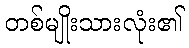
တစ်မျိုးသားလုံး၏